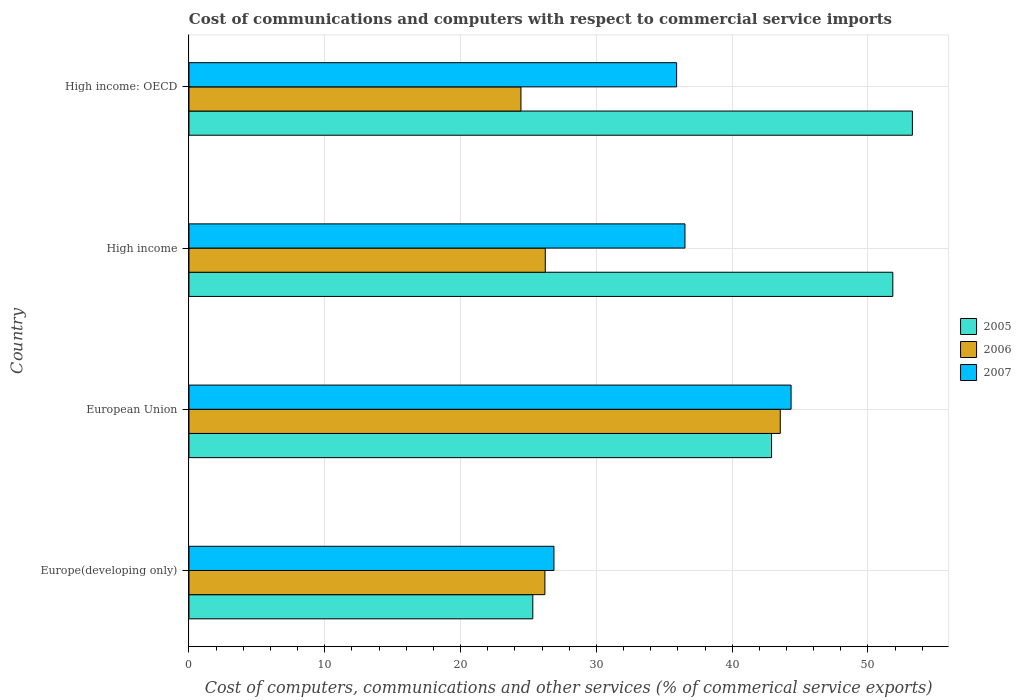
| Country | 2005 | 2006 | 2007 |
 | --- | --- | --- | --- |
 | Europe(developing only) | 25.3 | 26.2 | 26.9 |
 | European Union | 42.9 | 43.5 | 44.3 |
 | High income | 51.8 | 26.2 | 36.5 |
 | High income: OECD | 53.3 | 24.4 | 35.9 |